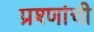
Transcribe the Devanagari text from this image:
प्रश्णांची